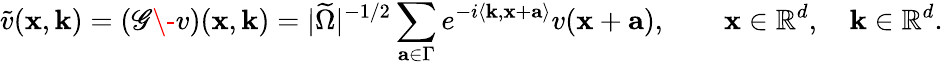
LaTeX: \tilde{v}(\mathbf{x},\mathbf{k})=(\mathscr{G}\- v)(\mathbf{x},\mathbf{k})=|\widetilde{\Omega}|^{-1/2}\sum_{\mathbf{a}\in\Gamma}e^{-i\left<\mathbf{k},\mathbf{x}+\mathbf{a}\right>}v(\mathbf{x}+\mathbf{a}),\qquad\mathbf{x}\in\mathbb{R}^{d},\quad\mathbf{k}\in\mathbb{R}^{d}.